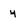
Character: 4